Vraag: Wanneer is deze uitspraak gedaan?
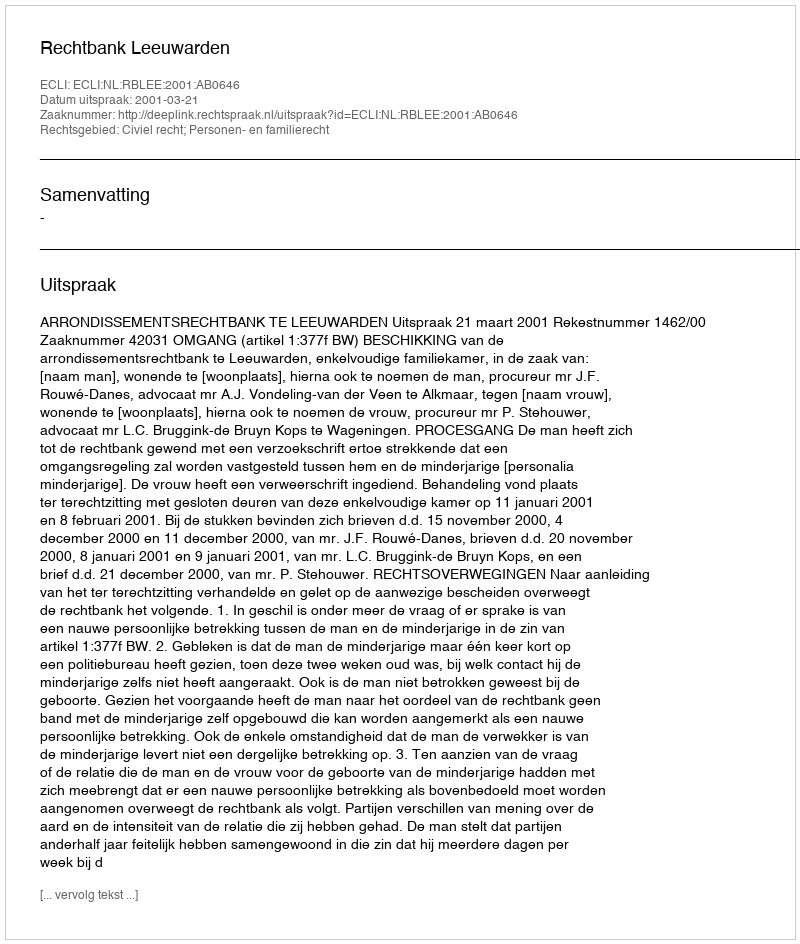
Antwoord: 2001-03-21